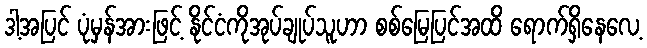
ဒါ့အပြင် ပုံမှန်အားဖြင့် နိုင်ငံကိုအုပ်ချုပ်သူဟာ စစ်မြေပြင်အထိ ရောက်ရှိနေလေ့